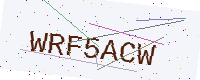
Text: WRF5ACW